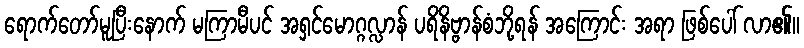
ရောက်တော်မူပြီးနောက် မကြာမီပင် အရှင်မောဂ္ဂလ္လာန် ပရိနိဗ္ဗာန်စံဘို့ရန် အကြောင်း အရာ ဖြစ်ပေါ် လာ၏။